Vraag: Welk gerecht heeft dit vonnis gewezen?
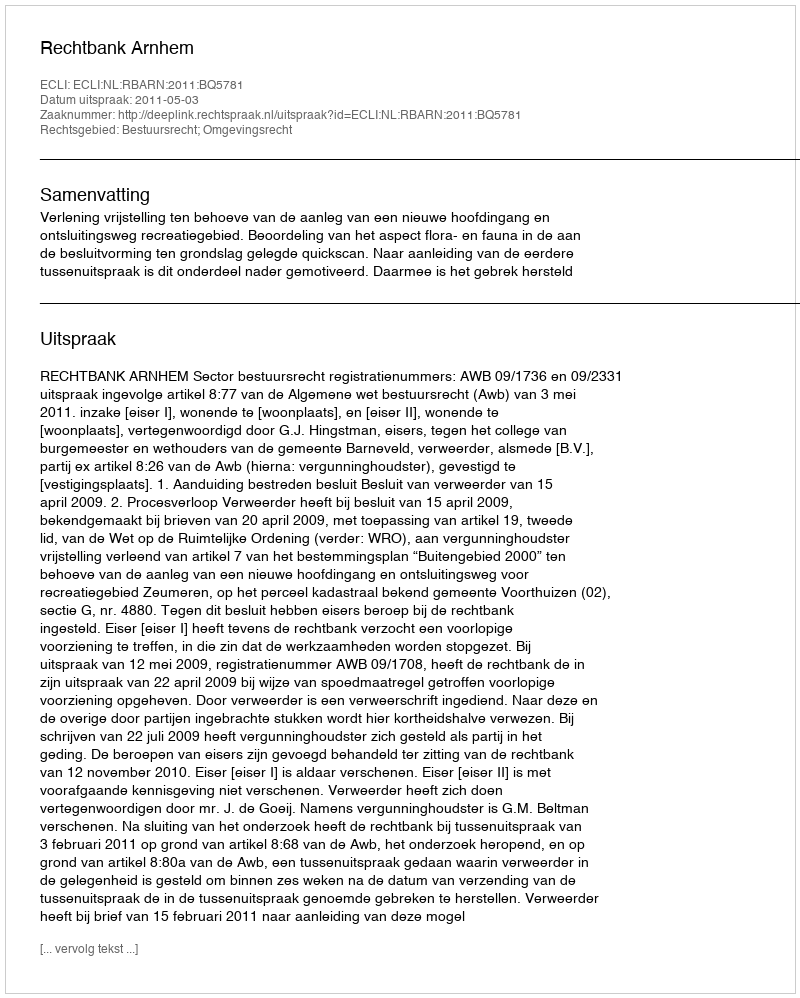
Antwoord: Rechtbank Arnhem